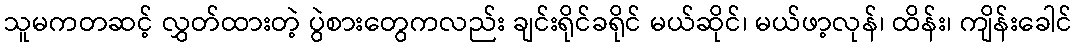
သူမကတဆင့် လွှတ်ထားတဲ့ ပွဲစားတွေကလည်း ချင်းရိုင်ခရိုင် မယ်ဆိုင်၊ မယ်ဖာ့လုန်၊ ထိန်း၊ ကျိန်းခေါင်